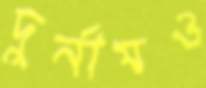
দুর্নামও